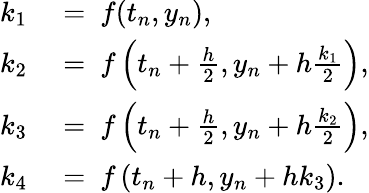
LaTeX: \begin{array}{rl}{k_{1}}&{{}=\ f(t_{n},y_{n}),}\\ {k_{2}}&{{}=\ f\left(t_{n}+{\frac{h}{2}},y_{n}+h{\frac{k_{1}}{2}}\right),}\\ {k_{3}}&{{}=\ f\left(t_{n}+{\frac{h}{2}},y_{n}+h{\frac{k_{2}}{2}}\right),}\\ {k_{4}}&{{}=\ f\left(t_{n}+h,y_{n}+hk_{3}\right).}\end{array}